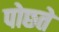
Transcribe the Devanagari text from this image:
पोछते